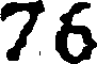
76